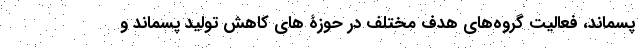
پسماند، فعالیت گروه‌های هدف مختلف در حوزۀ های کاهش تولید پسماند و